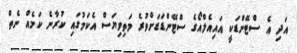
އަދި އެ ސްޓޭންޑަކީ އައިއެލްއޯގެ ސްޓޭންޑަޑަށްވުރެ މަތިވިޔަސް އެކަމުގައި ކުރާނެ ކަމެއް ނެތް